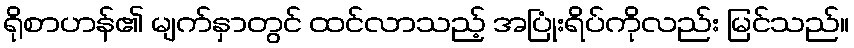
ရိုစာဟန်၏ မျက်နှာတွင် ထင်လာသည့် အပြုံးရိပ်ကိုလည်း မြင်သည်။